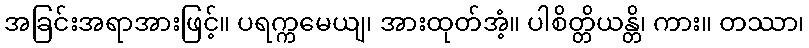
အခြင်းအရာအားဖြင့်။ ပရက္ကမေယျ၊ အားထုတ်အံ့။ ပါစိတ္တိယန္တိ၊ ကား။ တဿာ၊